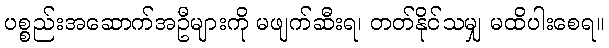
ပစ္စည်းအဆောက်အဦများကို မဖျက်ဆီးရ၊ တတ်နိုင်သမျှ မထိပါးစေရ။